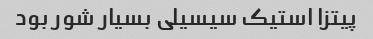
پیتزا استیک سیسیلی بسیار شور بود